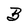
Character: B